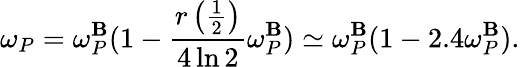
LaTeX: \omega_{P}=\omega_{P}^{\mathbf{B}}(1-\frac{{r\left(\frac{1}{2}\right)}}{{4\ln2}}\omega_{P}^{\mathbf{B}})\simeq\omega_{P}^{\mathbf{B}}(1-2.4\omega_{P}^{\mathbf{B}}).